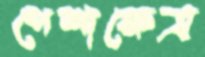
পেশাক্ষেত্র